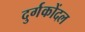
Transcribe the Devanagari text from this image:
दुर्गकोंदल